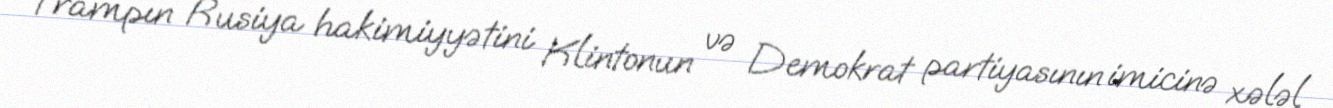
Trampın Rusiya hakimiyyətini Klintonun və Demokrat partiyasının imicinə xələl